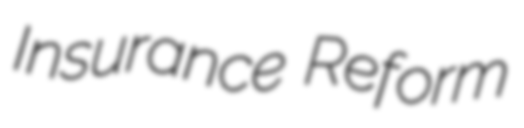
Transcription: Insurance Reform